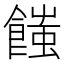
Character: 𩝚